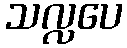
သလ္လပေ